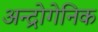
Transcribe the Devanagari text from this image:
अन्द्रोगेनिक